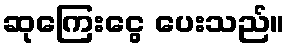
ဆုကြေးငွေ ပေးသည်။